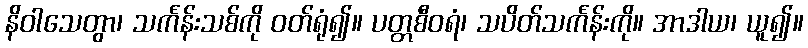
နိဝါသေတွာ၊ သင်္ကန်းသစ်ကို ဝတ်ရုံ၍။ ပတ္တစီဝရံ၊ သပိတ်သင်္ကန်းကို။ အာဒါယ၊ ယူ၍။